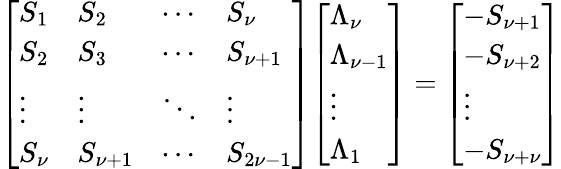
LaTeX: {\left[\begin{array}{llll}{S_{1}}&{S_{2}}&{\cdots}&{S_{\nu}}\\ {S_{2}}&{S_{3}}&{\cdots}&{S_{\nu+1}}\\ {\vdots}&{\vdots}&{\ddots}&{\vdots}\\ {S_{\nu}}&{S_{\nu+1}}&{\cdots}&{S_{2\nu-1}}\end{array}\right]}{\left[\begin{array}{l}{\Lambda_{\nu}}\\ {\Lambda_{\nu-1}}\\ {\vdots}\\ {\Lambda_{1}}\end{array}\right]}={\left[\begin{array}{l}{-S_{\nu+1}}\\ {-S_{\nu+2}}\\ {\vdots}\\ {-S_{\nu+\nu}}\end{array}\right]}